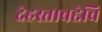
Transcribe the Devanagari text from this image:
देहस्तावद्देवि